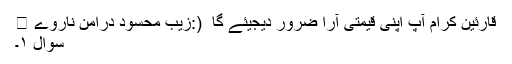
قارئین کرام آپ اپنی قیمتی آرا ضرور دیجیئے گا ِ (:زیب محسود درامن ناروے 🙂
سوال ۱۔